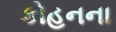
કોહનના